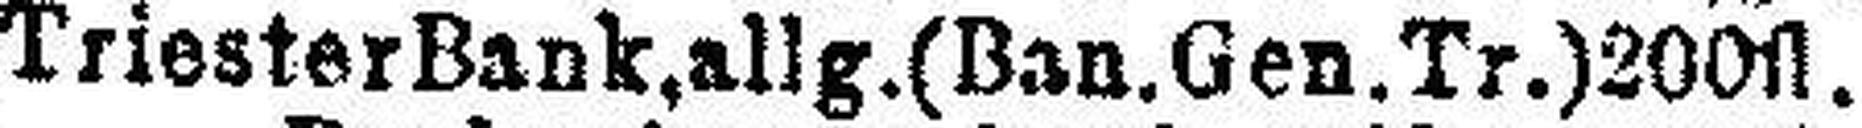
Triester Bank, allg.(Ban.Gen.Tr.)200fl.